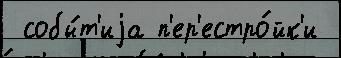
 собы́т'иjа п'ер'естро́йк'и